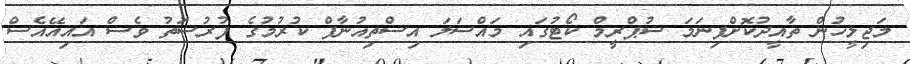
މަޖިލީހުން ތާއީދުކޮށްފިނަމަ ސުޕްރީމް ކޯޓުގައި މައްސަލަ އިސްތިއުނާފް ކުރުމުގެ ފުރުސަތު ވެސް އައިއޭއެސް